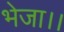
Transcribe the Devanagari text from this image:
भेजा।।